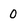
Character: 0